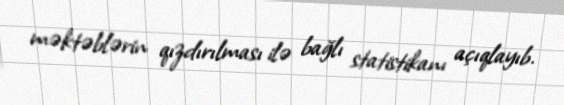
məktəblərin qızdırılması ilə bağlı statistikanı açıqlayıb.